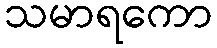
သမာရကော